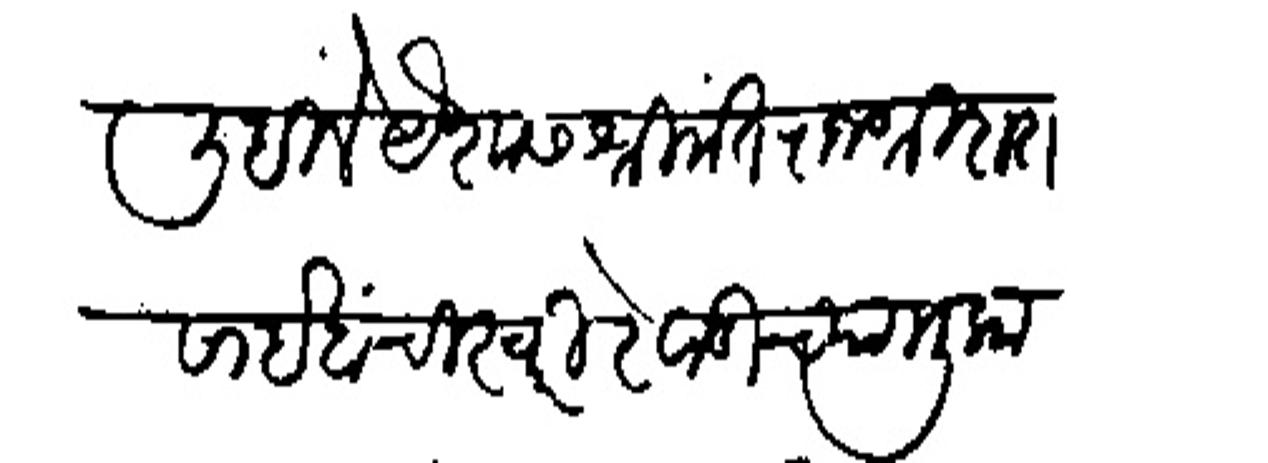
Transliteration (Devanagari): लिहिलें पैशास श्रीमंत राजशी दादासाहेबांची स्वारी रेवाडीच्या मुकामी